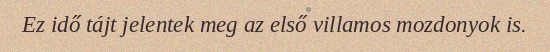
Ez idő tájt jelentek meg az első villamos mozdonyok is.